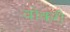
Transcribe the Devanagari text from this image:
वोकरी